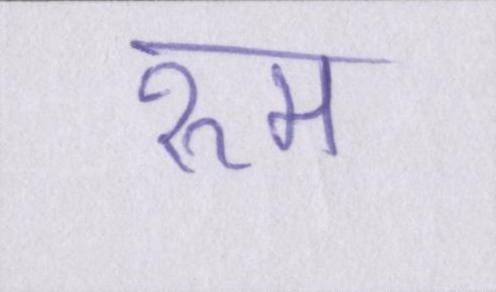
रुम